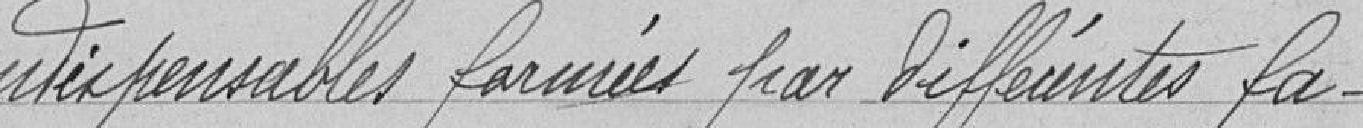
indispensables formées par différentes fa-